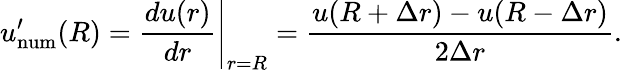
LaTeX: u_{\mathrm{num}}^{\prime}(R)=\left.\frac{du(r)}{dr}\right|_{r=R}=\frac{u(R+\Delta r)-u(R-\Delta r)}{2\Delta r}.